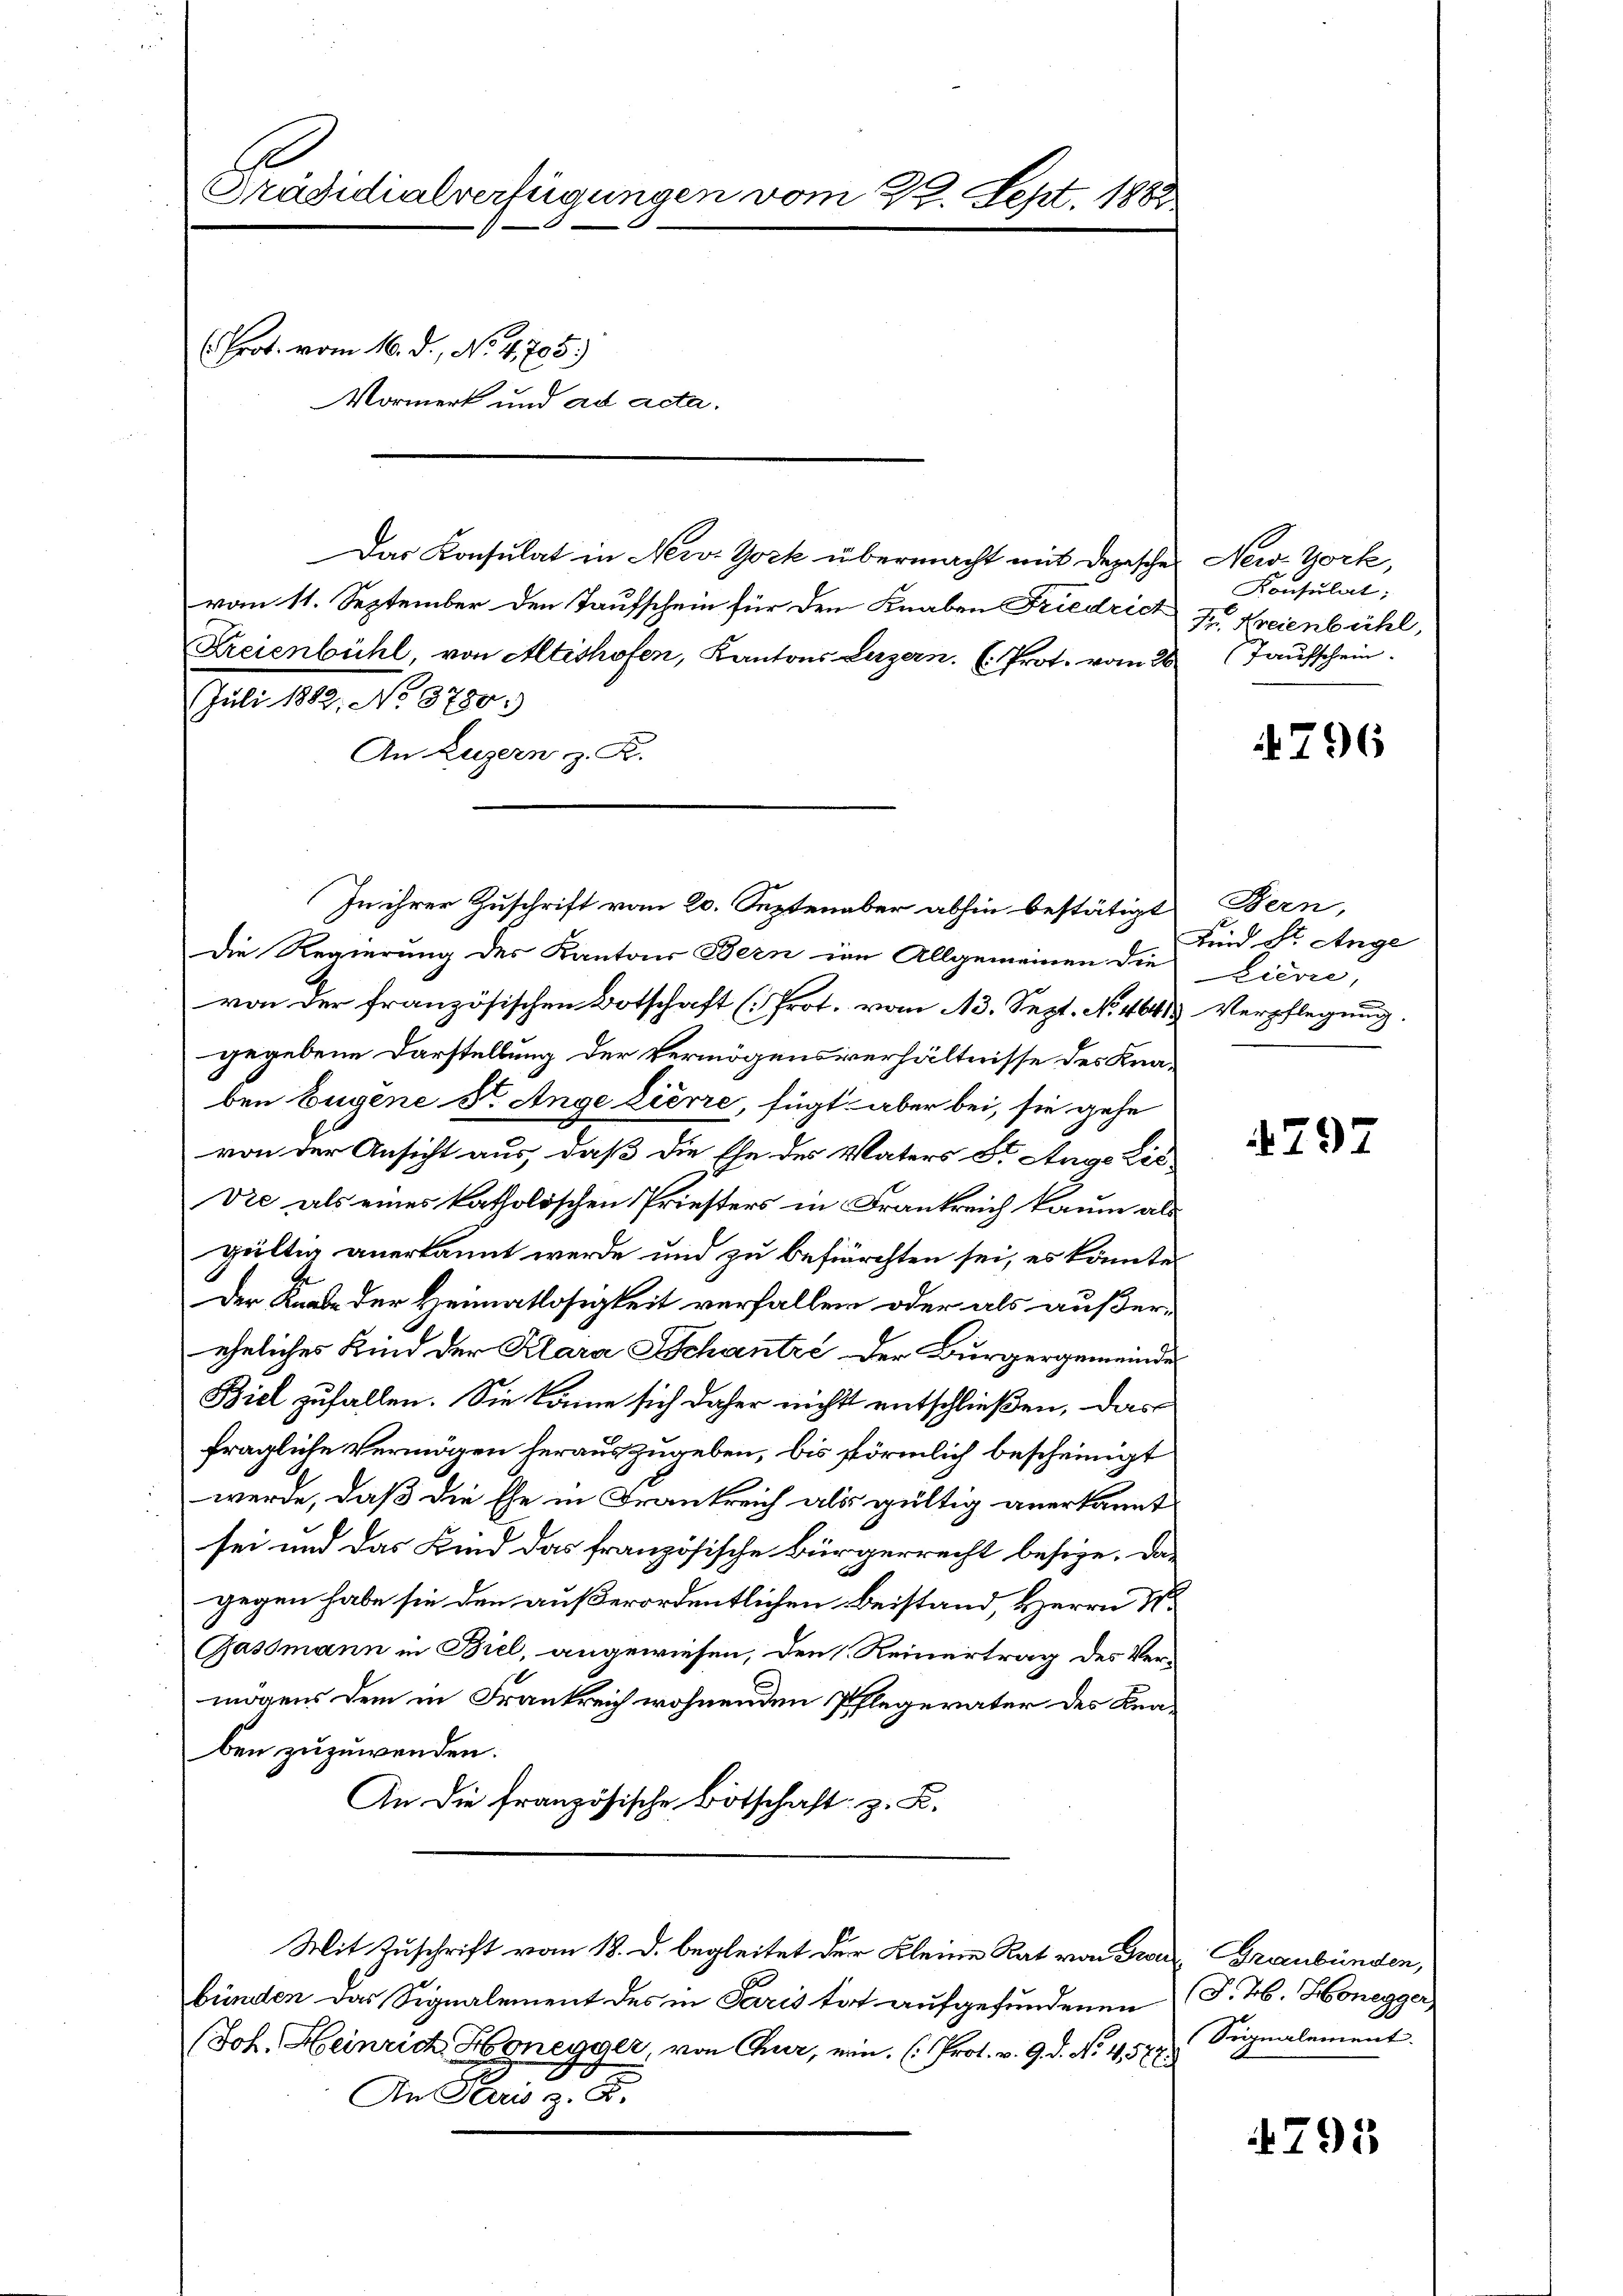
Präsidialverfügungen vom 29. Sept. 1883
(Prot. vom 16. d., No. 4705)
Vormerk und ad acta.

Das Konsulat in Nerve York übermacht mit Depesche
vom 11. September den Taufschein für den Knaben Friedrich
Freienbühl, von Altishofen, Kantons Luzern. Prot. vom 26
Juli 1882, No 3730:
An Luzern z. R.
Die Regierung des Kantons Bern im Allgemeinen die Zierre,
von der französischen Botschaft (Prot. vom 13. Sept. No. 464 Verpflegung.
gegebene Darstellung der Vermögensverhältnisse des Knaben Eugene St. Ange Zierre, fügt aber bei, sie gehe
von der Ansicht aus, daß die Ehe des Vaters St. Auge Lis
Die als eines katholischen Priesters in Frankreich kaum als
gültig anerkannt werde und zu befürchten sei, es könnte
Der Knabe der Heimatlosigkeit verfallen oder als außer-
eheliches Kind der Klara Schantić der Bürgergemeinde
Biel zufallen. Sie könne sich daher nichts entschließen, das
fragliche Vermögen herauszugeben, bis förmlich bescheinigt
werde, daß die Ehe in Frankreich als gültig anerkannt
sei und das Kind das französische Bürgerrecht besige. Das
gegen habe sie den außerordentlichen Beistand, Herrn P
Gassmann in Biel, angewiesen, den (Reinertrag des Vermögens dem in Frankreich wohnenden Pflegerater des Knaben zuzuwenden.
An die französische Botschaft z. B.
Mit Zuschrift vom 18. d. begleitet der Kleine Rat von Grenz Graubünden,
bünden das Signalement des in Paris tat aufgefundenen
(Joh. Heinrich Honegger, von Chur, ein (Prot. v. 9. d. No. 457.
An Paris z. B.

In ihrer Zuschrift vom 20. September abhin bestätigt Bern,

New York,
Konsulat:
Fr. Kreienbühl,
Taufschein.

4796

Kind St. Ange

797

(F. Jb. Honegger
Signalement.

4795